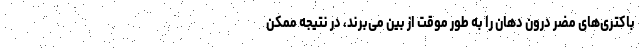
باکتری‌های مضر درون دهان را به طور موقت از بین می‌برند، در نتیجه ممکن